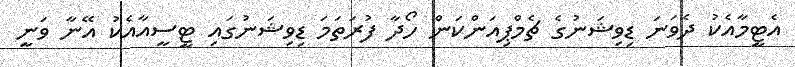
އެޓީމާއެކު ދެވަނަ ޑިވިޝަނުގެ ޗެމްޕިއަންކަން ހޯދާ ފުރަތަމަ ޑިވިޝަނުގައި ޓީސީއާއެކު އޭނާ ވަނީ